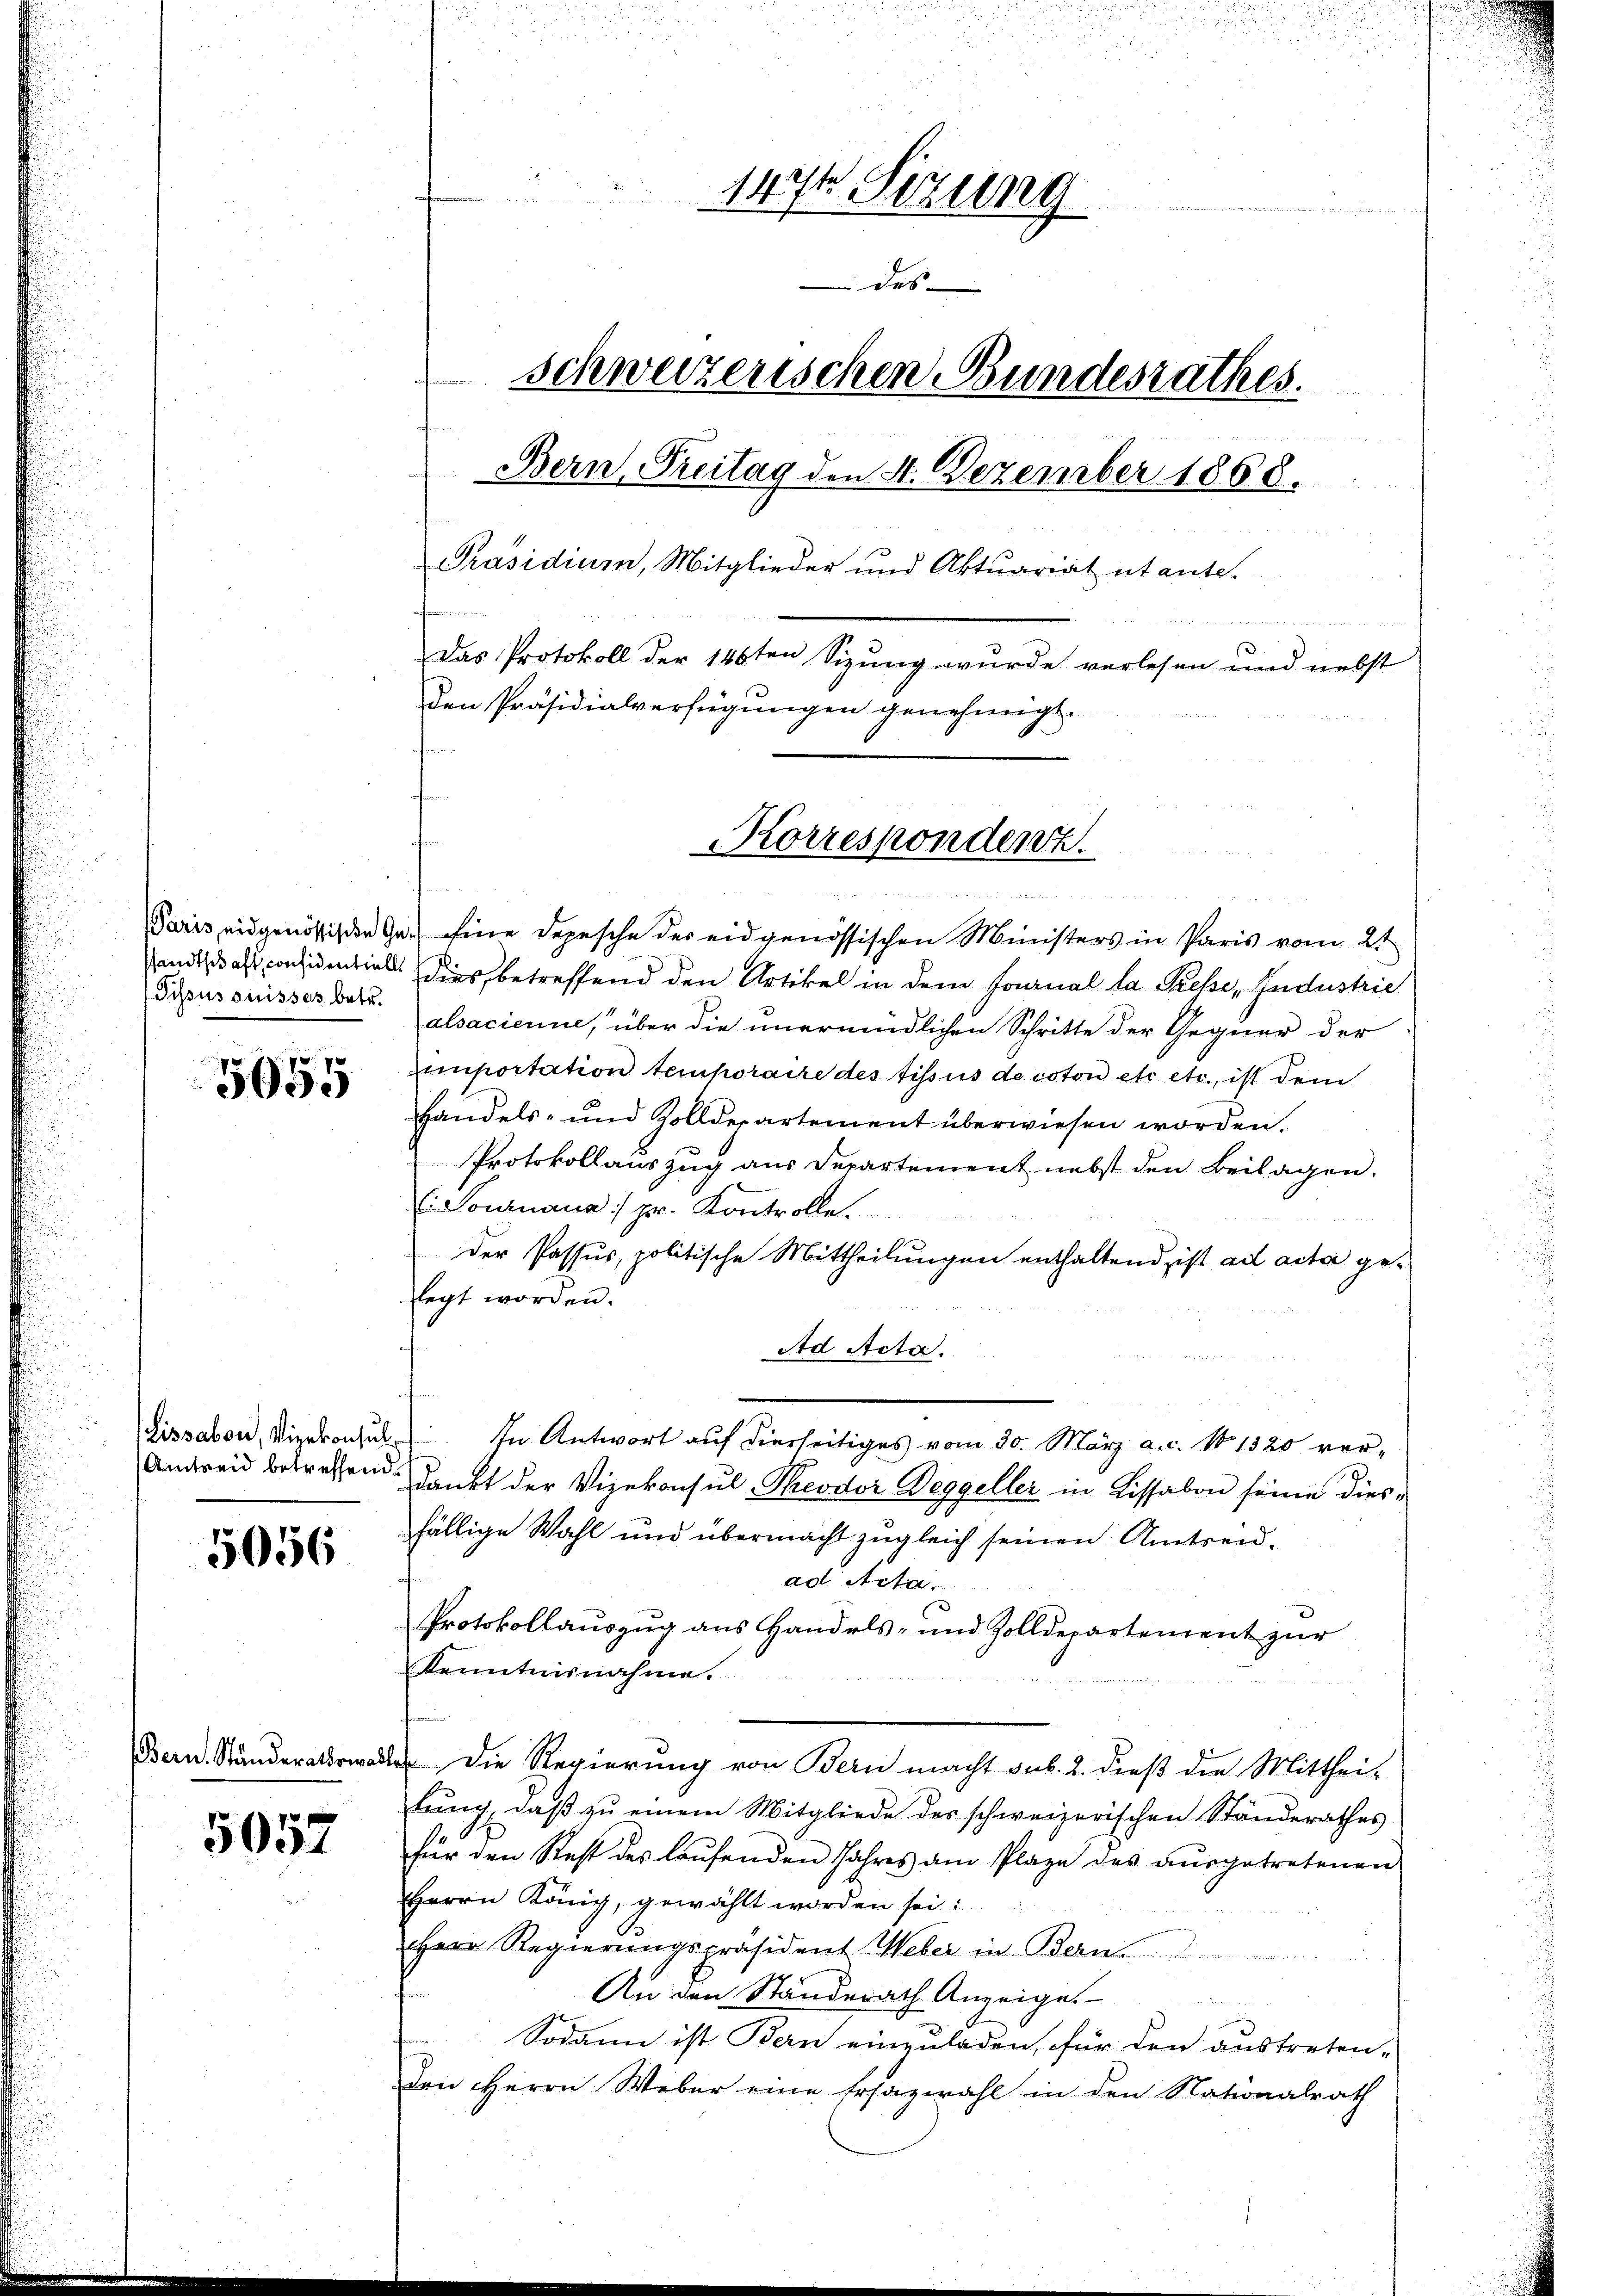
Sissus suisses betr.

8 x
5000

Lissabon, Vizekonsul
Amtreid betreffend.

5056

5057

u
1474 Sizung

des
schweizerischen Bundesrathes.
Bern, Freitag den 4. Dezember 1868.
Präsidium, Mitglieder und Aktuariat utante.
e
Das Protokoll der 146ten Sizung wurde verlesen und nebst
den Präsidialverfügungen genehmigt.

Korrespondenz.

n
Paris eidgenössischen Ge- eine Depesche der eidgenössischen Ministers in Paris vom 21
sandtschaft considentials dies, betreffend den Artikel in dem Journal la Presse, Industrie
alsacierine, über die unermüdlichen Schritte der Gegner der
emportation temporaire des Tissus de coton etc etc., ist dem
Handels- und Zolldepartement überwiesen worden.
Protokollauszug aus Departement nebst den Beilagen.
( Sournaua:/ pr. Kontrolle.
der Passus, politische Mittheilungen enthaltend, ist ad acta gelegt worden.
Ad Acta.
In Antwort auf dierseitiges vom 30. März a. c. No 1320 verdankt der Vizekonsul, Theodor Deggeller in Lissabon seine diesfällige Wahl und übermacht zugleich seinen Amtrenad Acta.
Protokollauszug aus Handels- und Zolldepartement zur
Kenntnisnahme.
e. Die Regierung von Bern macht sub. 2. dieß die Mitthei-
lŭng, daβ zŭ einem Mitgliede des schweizerischen Ständerathes
für den Rest des laŭfenden Jahres am Plaze des aŭsgetretenen
Herrn König, gewählt worden sei.
Herr Regierungspräsident Weber in Bern
An den Standerath Anzeige.
Sodann ist Bern einzuladen, für den austreten-
den HHerrn Weber eine Ersazwahl in den Nationalrath